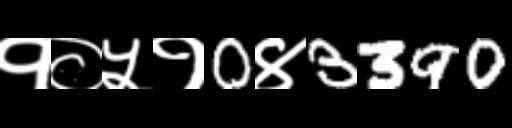
Text: १०५१0४3390